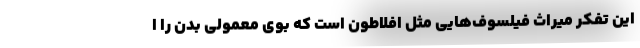
این تفکر میراث فیلسوف‌هایی مثل افلاطون است که بوی معمولی بدن را ا